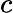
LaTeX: c